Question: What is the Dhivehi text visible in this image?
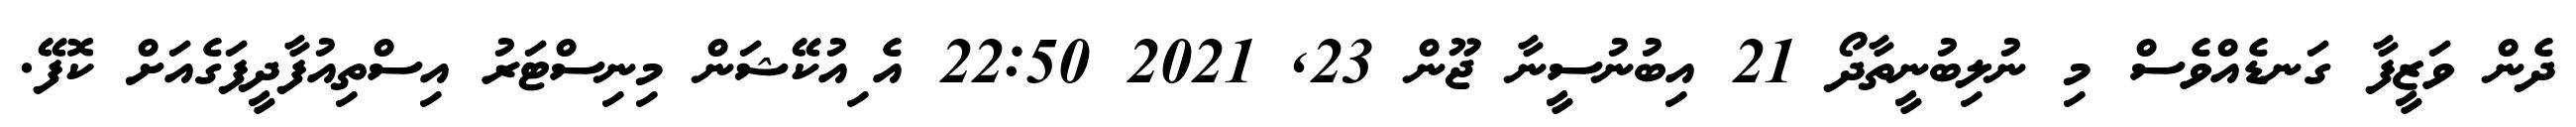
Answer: ދެން ވަޒީފާ ގަނޑެއްވެސް މި ނުލިބުނީތާދޯ 21 އިބުނުސީނާ ޖޫން 23, 2021 22:50 އެޱިއުކޭޝަން މިނިސްޓަރު އިސްތިއުފާދީފަގެއަށް ކޮފޭ.